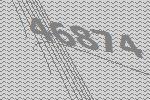
46874